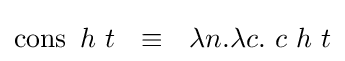
\operatorname {cons} \ h\ t\ \ \equiv \ \ \lambda n.\lambda c.\ c\ h\ t